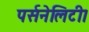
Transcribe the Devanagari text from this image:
पर्सनेलिटी।